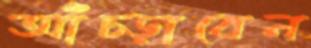
আঁচ্‌ড়াবেন